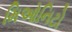
મિઓનિટો